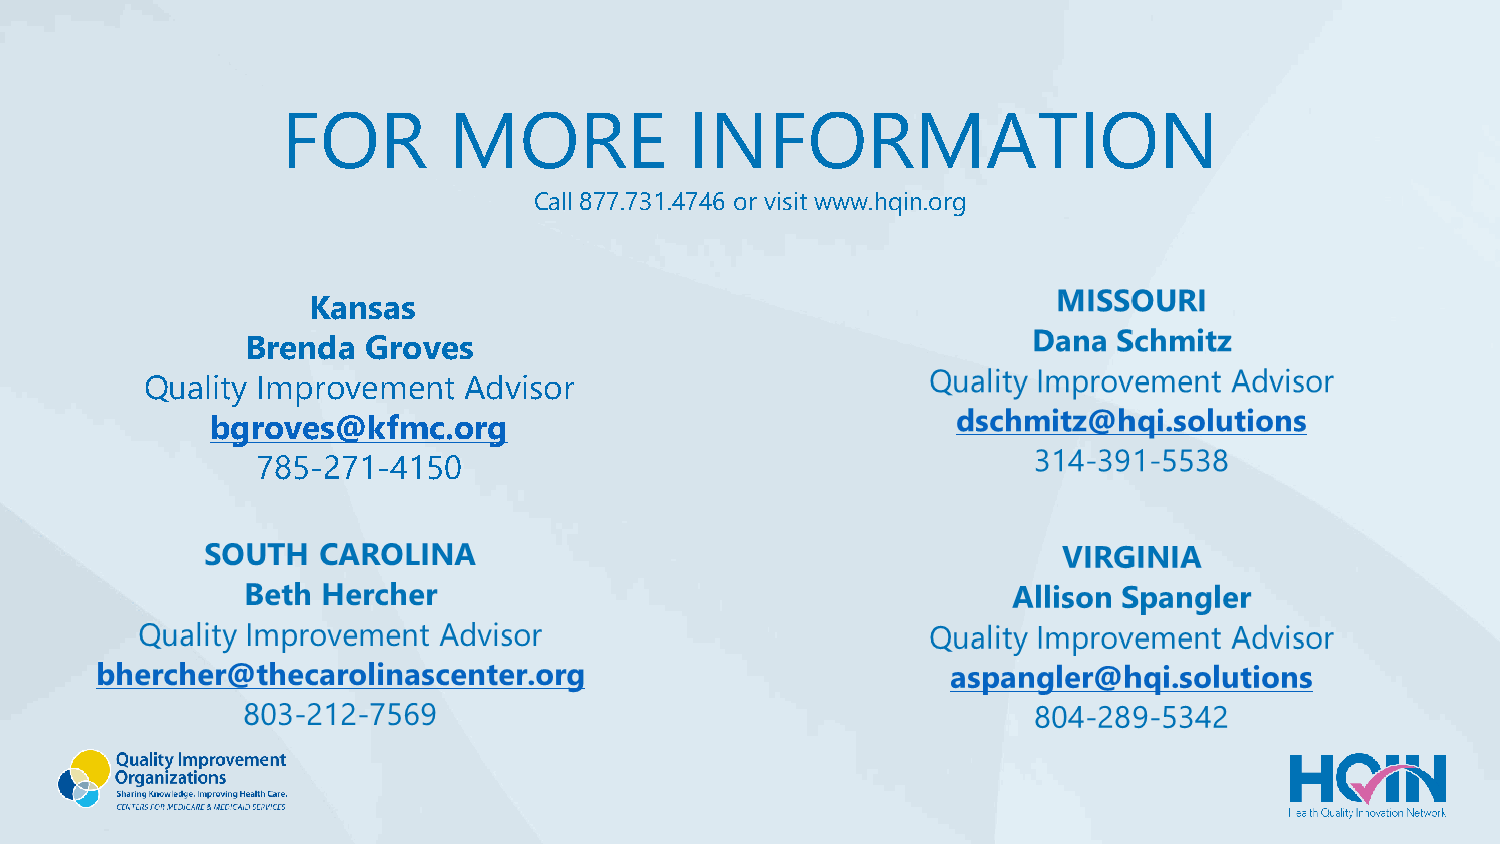
FOR        MORE            INFORMATION
 Call 877.731.4746 or visit www.hqin.org
 Kansas
 Brenda  Groves
 Quality Improvement  Advisor
 bgroves@kfmc.org
 785-271-4150